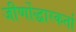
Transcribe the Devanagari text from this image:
जीर्णोद्धारकर्ता